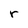
Character: r